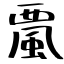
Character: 𩗏